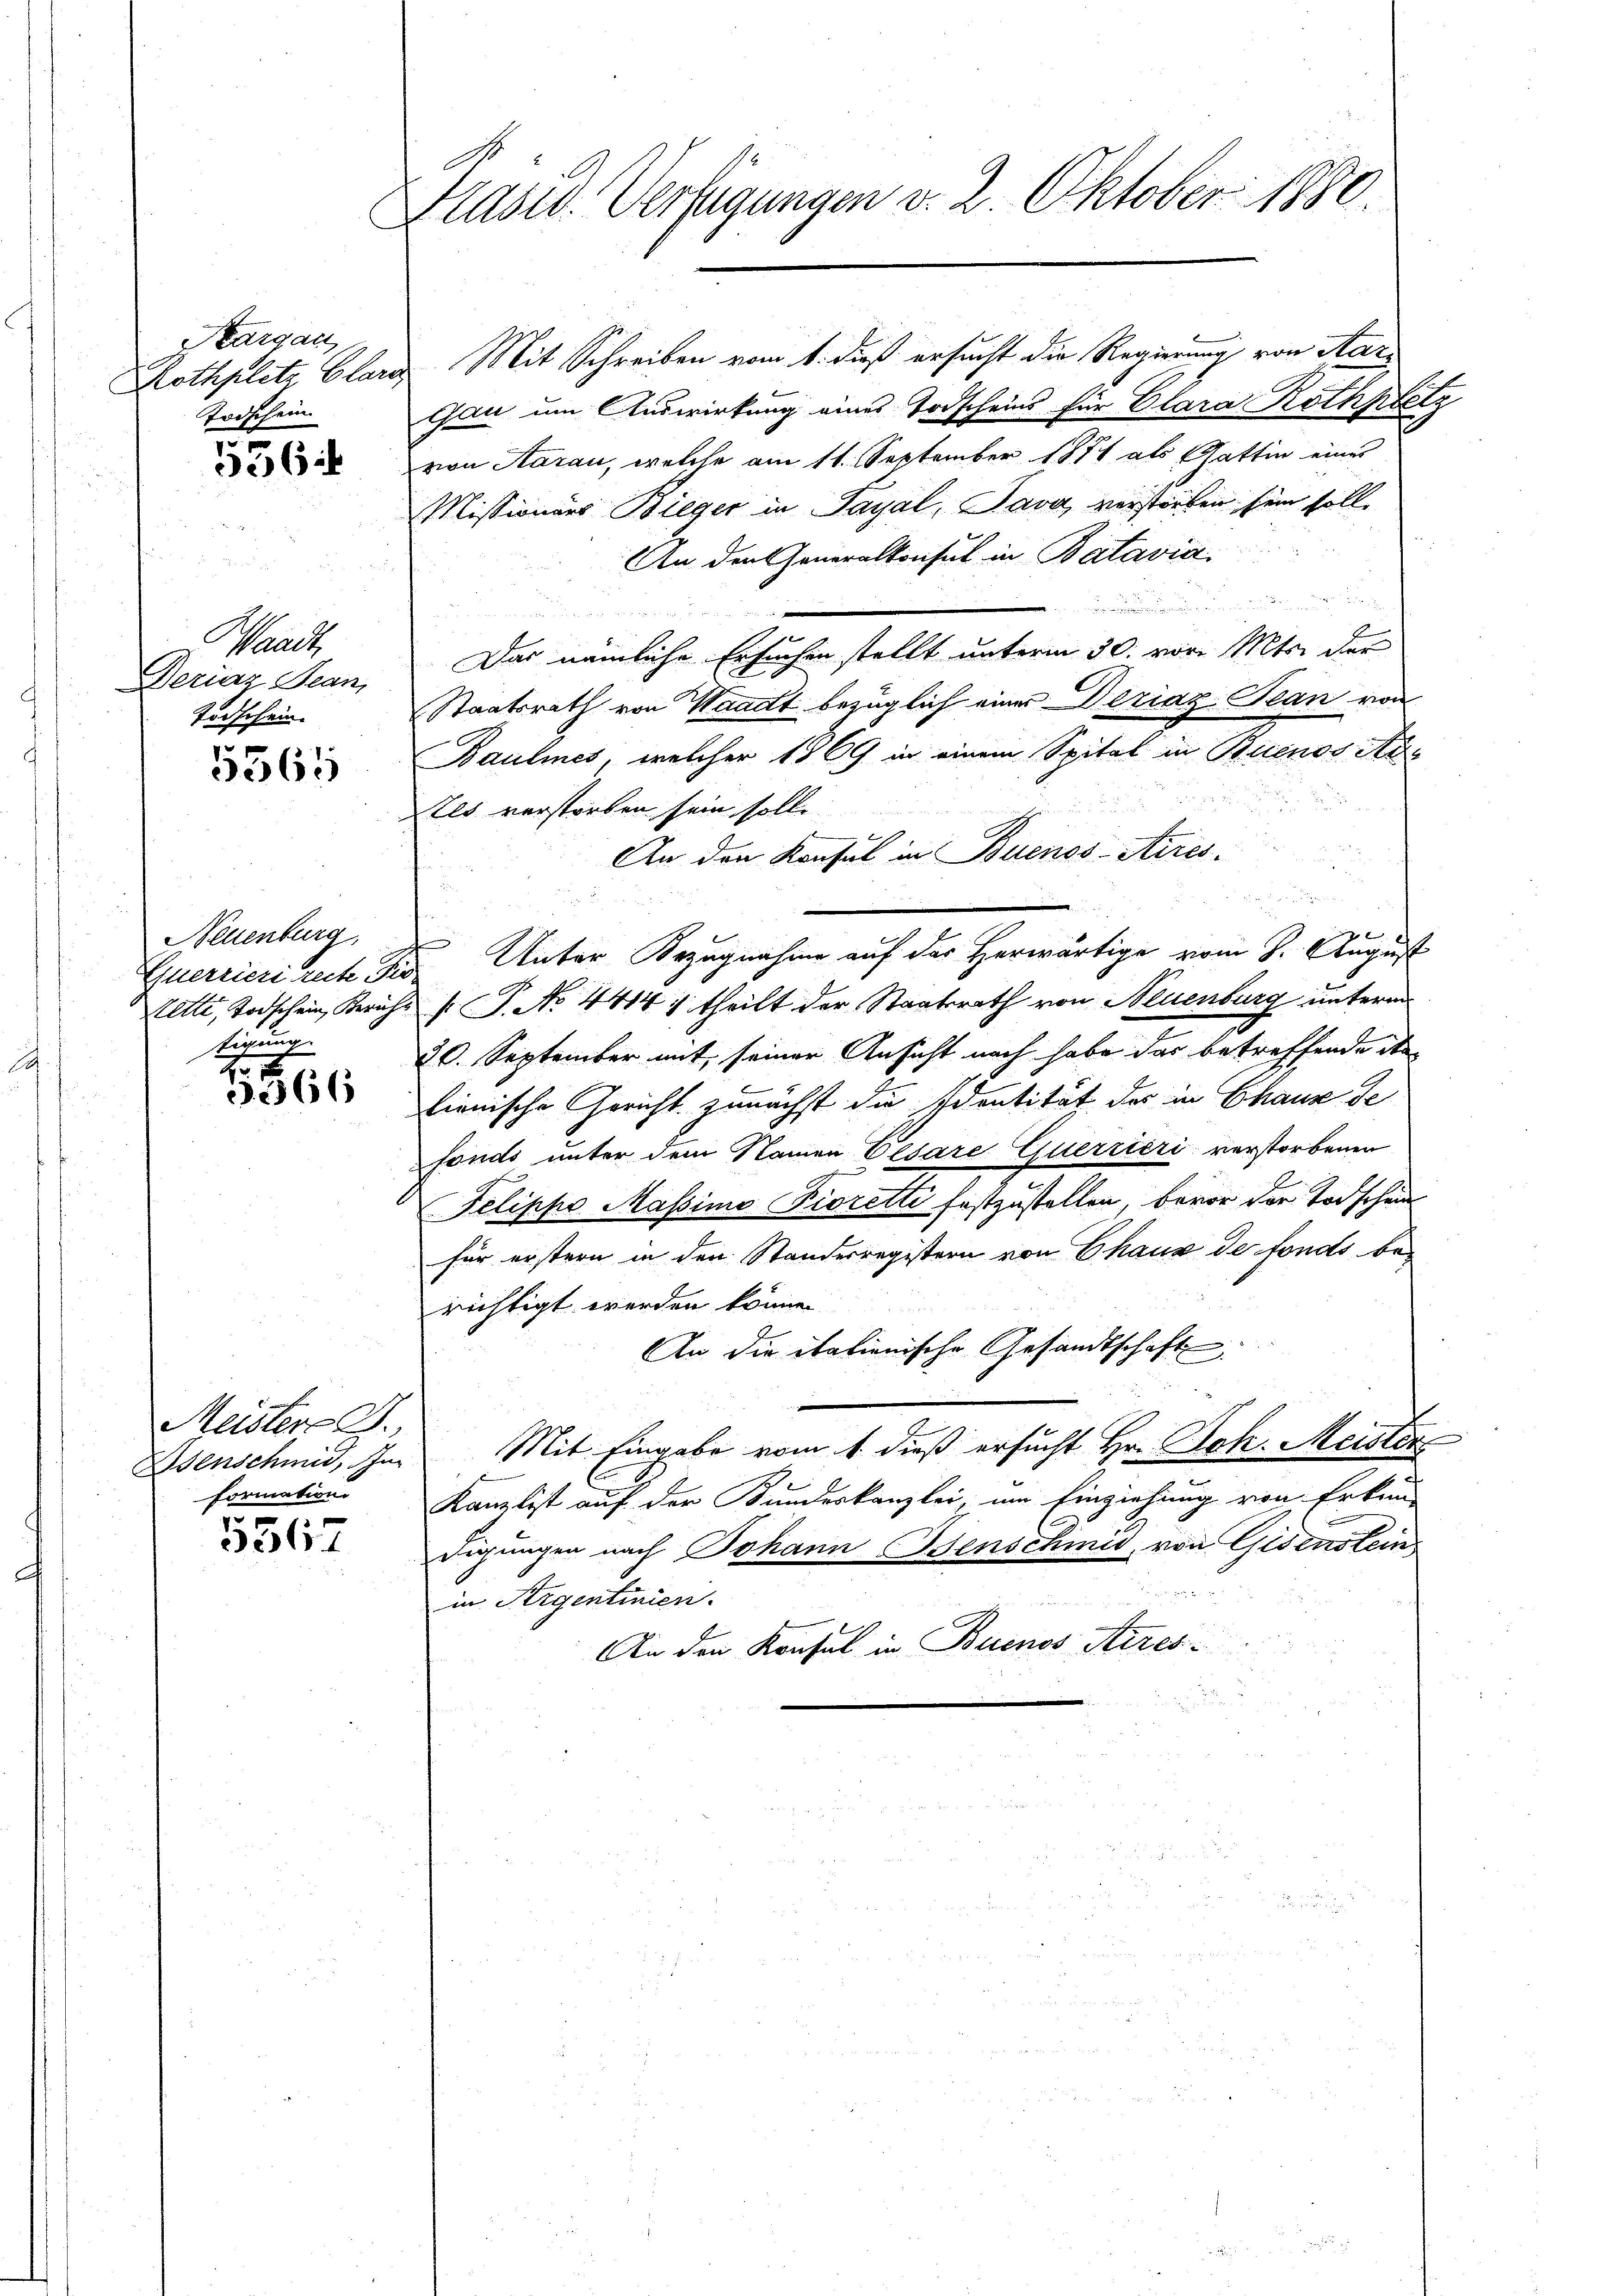
Kargau.
Rothplitz Glare,
Todschein

536

Waadt,
Deriaz Jean,
Todschein.

5365

Neuenburg,
tigung.

866

Meister C.
formation

5567

Präsid. Verfügungen v. 2. Oktober 1880.

Mit Schreiben vom 1. dieß ersucht die Regierung von Aar¬
Gau um Auswirkung eines Todscheins für Clara Rothpbetz
von Aarau, welche am 11. September 1871 als Gattin eines
Missionars Bieger in Sayal, Java verstorben sein soll.
An den Generalkonsul in Batavia

Das nämliche Ersuchen stellt unterm 30. vor. Mts. der
Staatsrath von Waadt bezüglich einer Deziaz Jean von
Baulines, welcher 1869 in einem Spital in Buenos Ad¬
Els verstorben sein solle
An den Konsul in Buenos-Aires.
n
e
uerrieri reche die Unter Bezugnahme auf der Herwärtige vom 8. August
Lette, Todschein, Berichs f. P. No. 4414 1 theilt der Staatsrath von Neuenburg unterm
20. September mit seiner Ansicht nach habe das betreffende it
lienische Gericht zunächst die Identität der in Chaus de
fonds unter dem Namen Cesare Querrieri verstorbenen
Telippo Massimo Fioretti festzustellen, bevor der Todschein
für erstern in den Standesregistern von Chaux de fonds berichtigt werden können.
An die italienische Gesandtschaft
Esenschmid, im Mit Eingabe vom 1. dieß ersucht Hr. Joh. Meister
Kanzlist auf der Kundeskanzlei, um Einziehung von Erkun-
digŭngen nach Johann Isenschmid, von Gisenstein
in Argentinien.
An den Konsul in Buenos Aires-